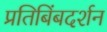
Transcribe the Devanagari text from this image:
प्रतिबिंबदर्शन